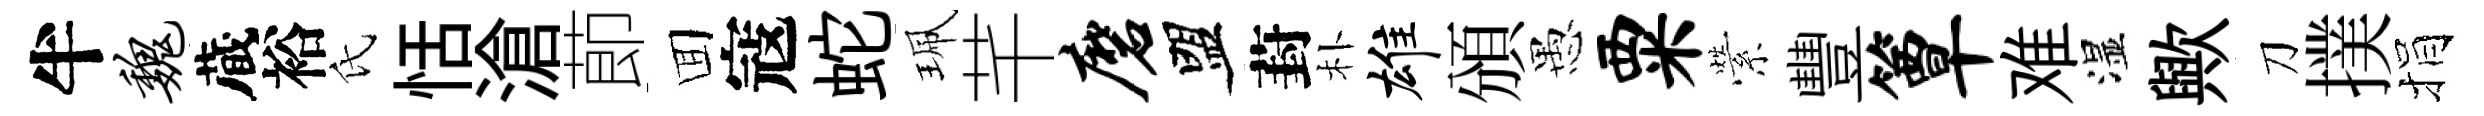
半魏蔵裕氏恬滄莭囬寇蛇珮芊磨盟葑朴雄頒愚粟縈豐簟难湿歟刀撲捐